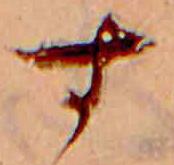
す